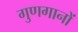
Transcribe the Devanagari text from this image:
गुणगानों